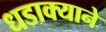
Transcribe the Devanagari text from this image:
धडाक्याने